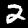
Digit: 2